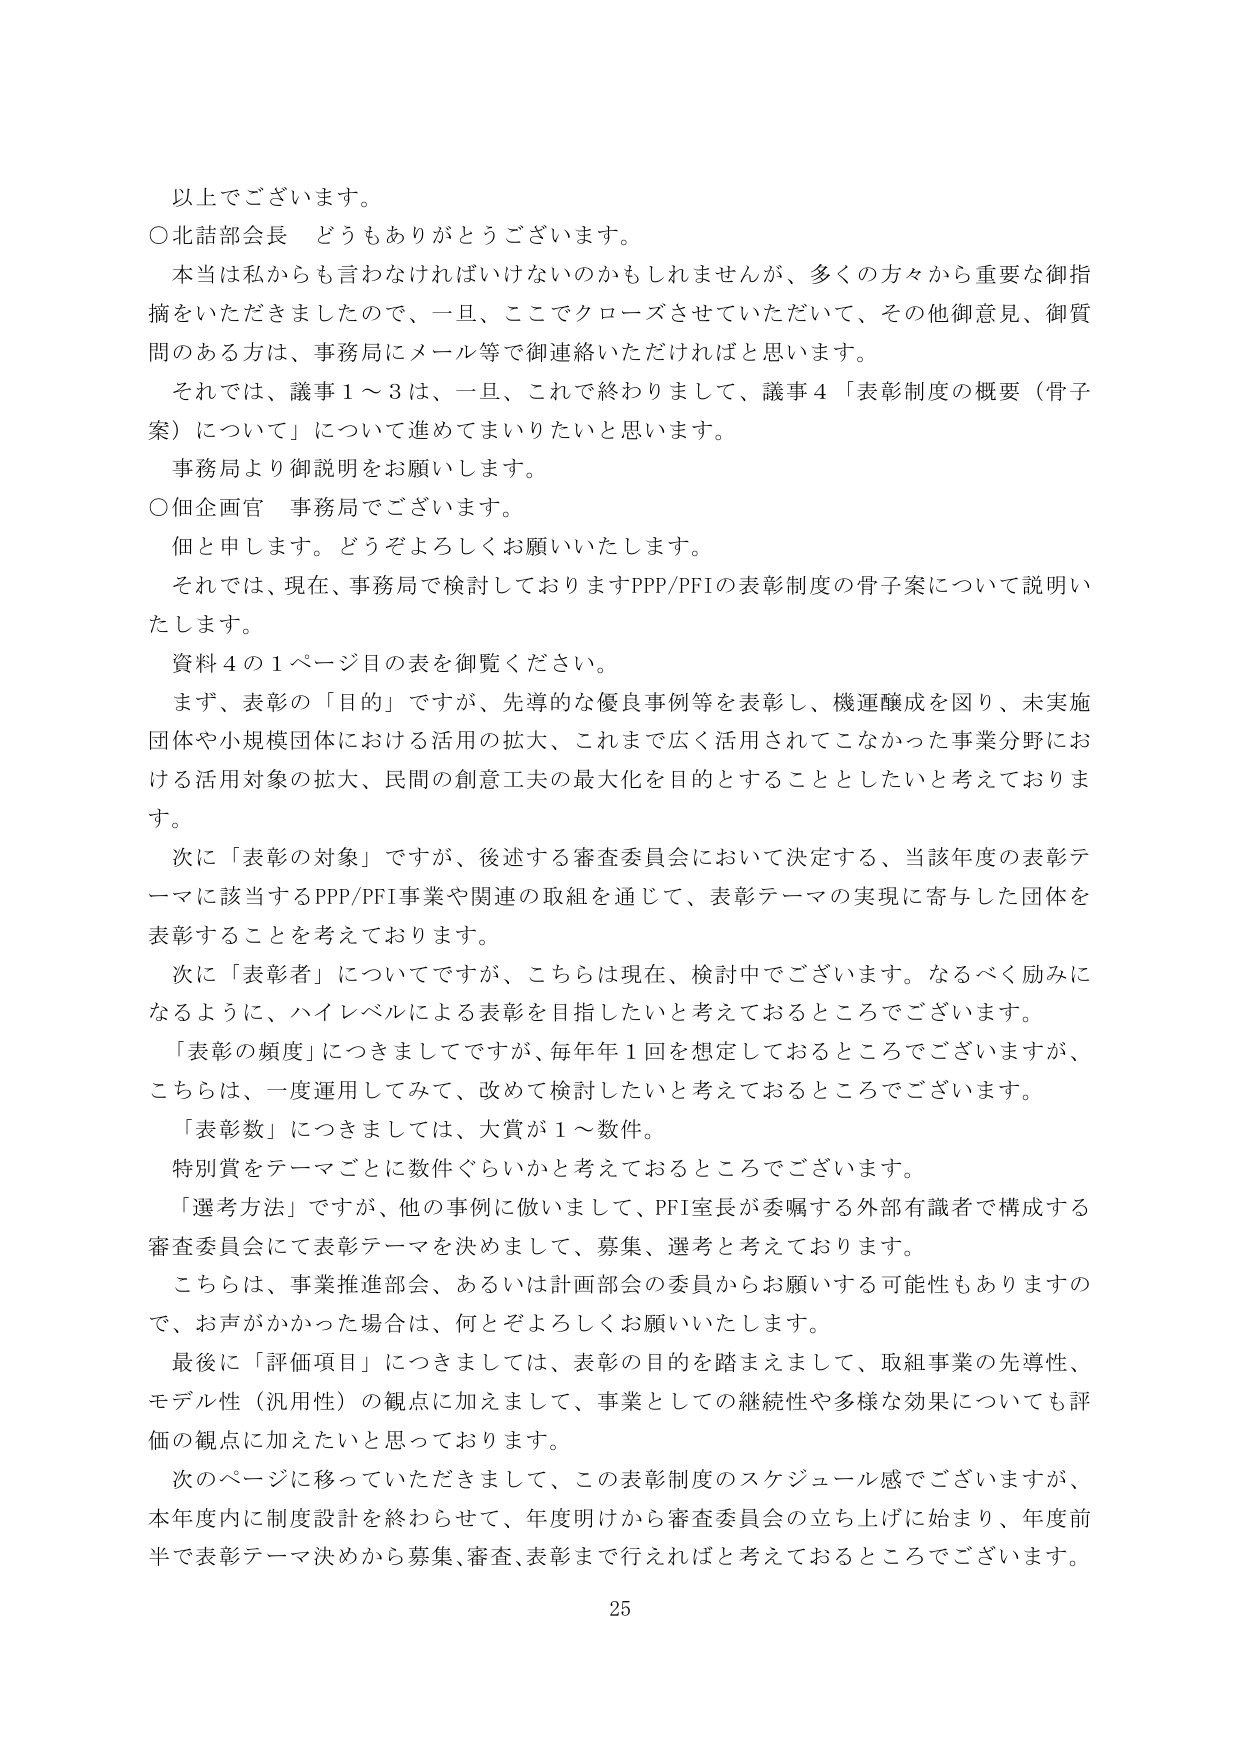
以上でございます。
○北詰部会長 どうもありがとうございます。
本当は私からも言わなければならないのかもしれませんが、多くの方々から重要な御指摘をいただきましたので、一旦、ここでクローズさせていただいて、その他御意見、御質問のある方は、事務局にメール等で御連絡いただければと思います。
それでは、議事１～３は、一旦、これで終わりまして、議事４「表彰制度の概要（骨子案）について」について進めてまいりたいと思います。
事務局より御説明をお願いします。
○佃企画官 事務局でございます。
佃と申します。どうぞよろしくお願いいたします。
それでは、現在、事務局で検討しておりますPPP/PFIの表彰制度の骨子案について説明いたします。
資料４の１ページ目の表を御覧ください。
まず、表彰の「目的」ですが、先導的な優良事例等を表彰し、機運醸成を図り、未実施団体や小規模団体における活用の拡大、これまで広く活用されてこなかった事業分野における活用対象の拡大、民間の創意工夫の最大化を目的とすることとしたいと考えております。
次に「表彰の対象」ですが、後述する審査委員会において決定する、当該年度の表彰テーマに該当するPPP/PFI事業や関連の取組を通じて、表彰テーマの実現に寄与した団体を表彰することを考えております。
次に「表彰者」についてですが、こちらは現在、検討中でございます。なるべく励みになるように、ハイレベルによる表彰を目指したいと考えておるところでございます。
「表彰の頻度」につきましてですが、毎年年１回を想定しておるところでございますが、こちらは、一度運用してみて、改めて検討したいと考えておるところでございます。
「表彰数」につきましては、大賞が１～数件。
特別賞をテーマごとに数件ぐらいかと考えておるところでございます。
「選考方法」ですが、他の事例に倣いまして、PFI室長が委嘱する外部有識者で構成する審査委員会にて表彰テーマを決めまして、募集、選考と考えております。
こちらは、事業推進部会、あるいは計画部会の委員からお願いする可能性もありますので、お声がかかった場合は、何とぞよろしくお願いいたします。
最後に「評価項目」につきましては、表彰の目的を踏まえまして、取組事業の先導性、モデル性（汎用性）の観点に加えまして、事業としての継続性や多様な効果についても評価の観点に加えたいと思っております。
次のページに移っていただきまして、この表彰制度のスケジュール感でございますが、本年度内に制度設計を終わらせて、年度明けから審査委員会の立ち上げに始まり、年度前半で表彰テーマ決めから募集、審査、表彰まで行えればと考えておるところでございます。
25